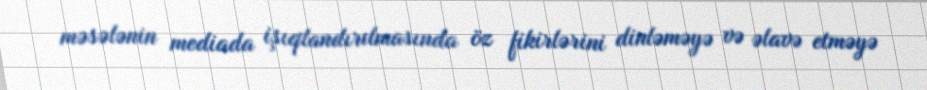
məsələnin mediada işıqlandırılmasında öz fikirlərini dinləməyə və əlavə etməyə